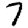
Digit: 7